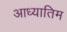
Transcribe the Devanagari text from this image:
आध्यातिम